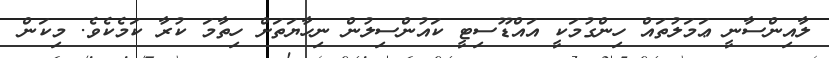
ލާއިންސާނީ ޢަމަލުތައް ހިންގުމަކީ އައްޑޫސިޓީ ކައުންސިލުން ނިހާޔަތަށް ހިތާމަ ކުރާ ކަމެކެވެ. މިކަން